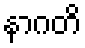
နာဂတိ